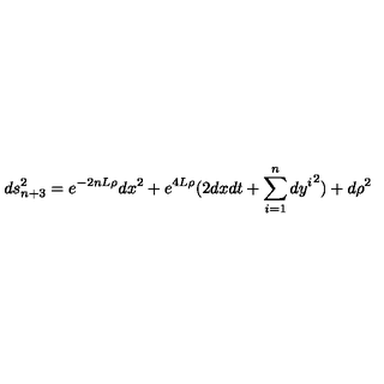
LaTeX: d s _ { n + 3 } ^ { 2 } = e ^ { - 2 n L \rho } d x ^ { 2 } + e ^ { 4 L \rho } ( 2 d x d t + \sum _ { i = 1 } ^ { n } { d y ^ { i } } ^ { 2 } ) + d \rho ^ { 2 }